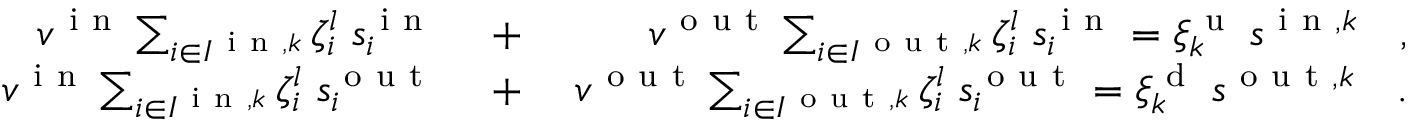
\begin{array} { r l r } { v ^ { \mathrm { ~ i ~ n ~ } } \sum _ { i \in I ^ { \mathrm { ~ i ~ n ~ } , k } } \zeta _ { i } ^ { l } \; s _ { i } ^ { \mathrm { ~ i ~ n ~ } } \; } & { { } + } & { \; v ^ { \mathrm { ~ o ~ u ~ t ~ } } \sum _ { i \in I ^ { \mathrm { ~ o ~ u ~ t ~ } , k } } \zeta _ { i } ^ { l } \; s _ { i } ^ { \mathrm { ~ i ~ n ~ } } = \xi _ { k } ^ { \mathrm { ~ u ~ } } \: s ^ { \mathrm { ~ i ~ n ~ } , k } \quad , } \\ { v ^ { \mathrm { ~ i ~ n ~ } } \sum _ { i \in I ^ { \mathrm { ~ i ~ n ~ } , k } } \zeta _ { i } ^ { l } \; s _ { i } ^ { \mathrm { ~ o ~ u ~ t ~ } } \; } & { { } + } & { \; v ^ { \mathrm { ~ o ~ u ~ t ~ } } \sum _ { i \in I ^ { \mathrm { ~ o ~ u ~ t ~ } , k } } \zeta _ { i } ^ { l } \; s _ { i } ^ { \mathrm { ~ o ~ u ~ t ~ } } = \xi _ { k } ^ { \mathrm { ~ d ~ } } \: s ^ { \mathrm { ~ o ~ u ~ t ~ } , k } \quad . } \end{array}